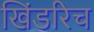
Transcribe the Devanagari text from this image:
खिंडरिच